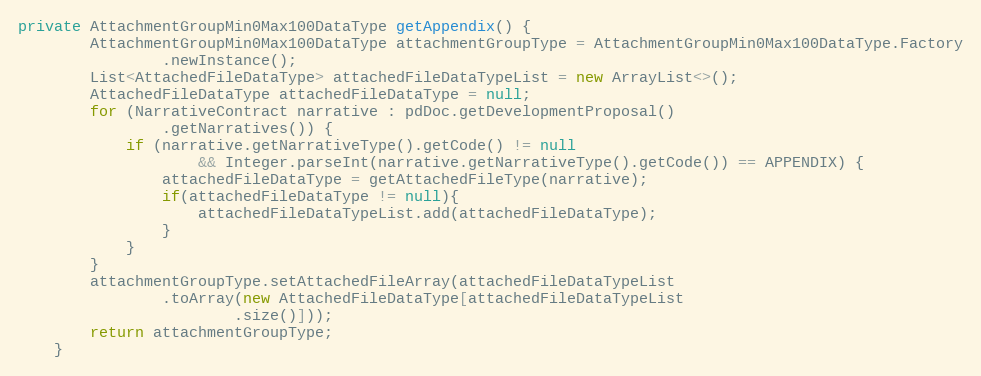
Language: Java
private AttachmentGroupMin0Max100DataType getAppendix() {
		AttachmentGroupMin0Max100DataType attachmentGroupType = AttachmentGroupMin0Max100DataType.Factory
				.newInstance();
		List<AttachedFileDataType> attachedFileDataTypeList = new ArrayList<>();
		AttachedFileDataType attachedFileDataType = null;
		for (NarrativeContract narrative : pdDoc.getDevelopmentProposal()
				.getNarratives()) {
			if (narrative.getNarrativeType().getCode() != null
					&& Integer.parseInt(narrative.getNarrativeType().getCode()) == APPENDIX) {
				attachedFileDataType = getAttachedFileType(narrative);
				if(attachedFileDataType != null){
					attachedFileDataTypeList.add(attachedFileDataType);
				}
			}
		}
		attachmentGroupType.setAttachedFileArray(attachedFileDataTypeList
				.toArray(new AttachedFileDataType[attachedFileDataTypeList
						.size()]));
		return attachmentGroupType;
	}